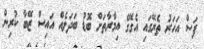
ފަސް އަހަރު ތެރޭގައި އެގޭގެ އިމާރާތަށް ބޮޑު ބަދަލެއް އައިސް ޒޭބާ ކުރިން